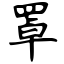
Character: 罩